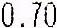
0.70